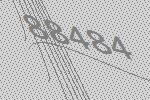
88484